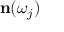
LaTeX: \mathbf { n } ( \omega _ { j } )